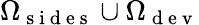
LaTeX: \Omega_{\mathrm{~s~i~d~e~s~}}\cup\Omega_{\mathrm{~d~e~v~}}